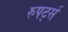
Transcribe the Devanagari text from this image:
रुपर्ट्स